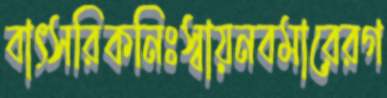
বাৎসরিকনিঃস্বায়নবমারেরগ